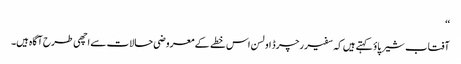
‘‘
آفتاب شیرپاؤ کہتے ہیں کہ سفیر رچرڈ اولسن اس خطے کے معروضی حالات سے اچھی طرح آگاہ ہیں۔